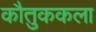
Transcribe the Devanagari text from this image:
कौतुककला